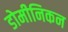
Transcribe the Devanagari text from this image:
डोमीनिकन